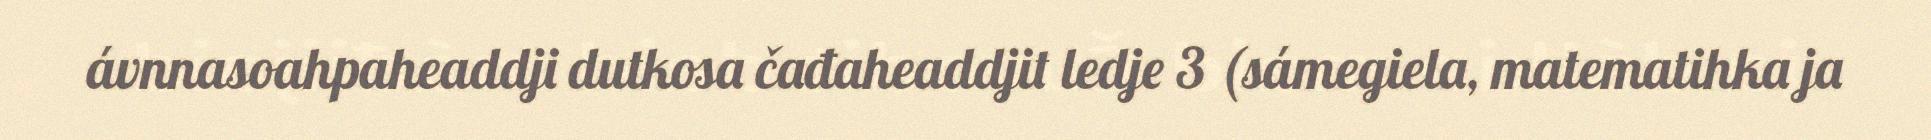
ávnnasoahpaheaddji dutkosa čađaheaddjit ledje 3 (sámegiela, matematihka ja